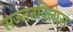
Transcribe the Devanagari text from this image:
सज्जनविलास